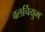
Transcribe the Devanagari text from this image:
वलर्चियुम